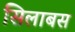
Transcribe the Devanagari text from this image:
सिलाबस